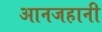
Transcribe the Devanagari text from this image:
आनजहानी